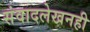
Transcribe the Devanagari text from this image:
संवादलेखनही